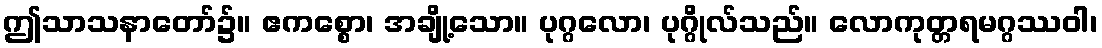
ဤသာသနာတော်၌။ ဧကစ္စော၊ အချို့သော။ ပုဂ္ဂလော၊ ပုဂ္ဂိုလ်သည်။ လောကုတ္တရမဂ္ဂဿဝါ၊